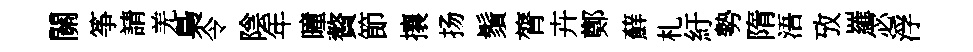
關筝請羌梟令陰年曈贅節攘扬鬚膂卉鄭蘚札紆勢隋浯攷羅宓浮